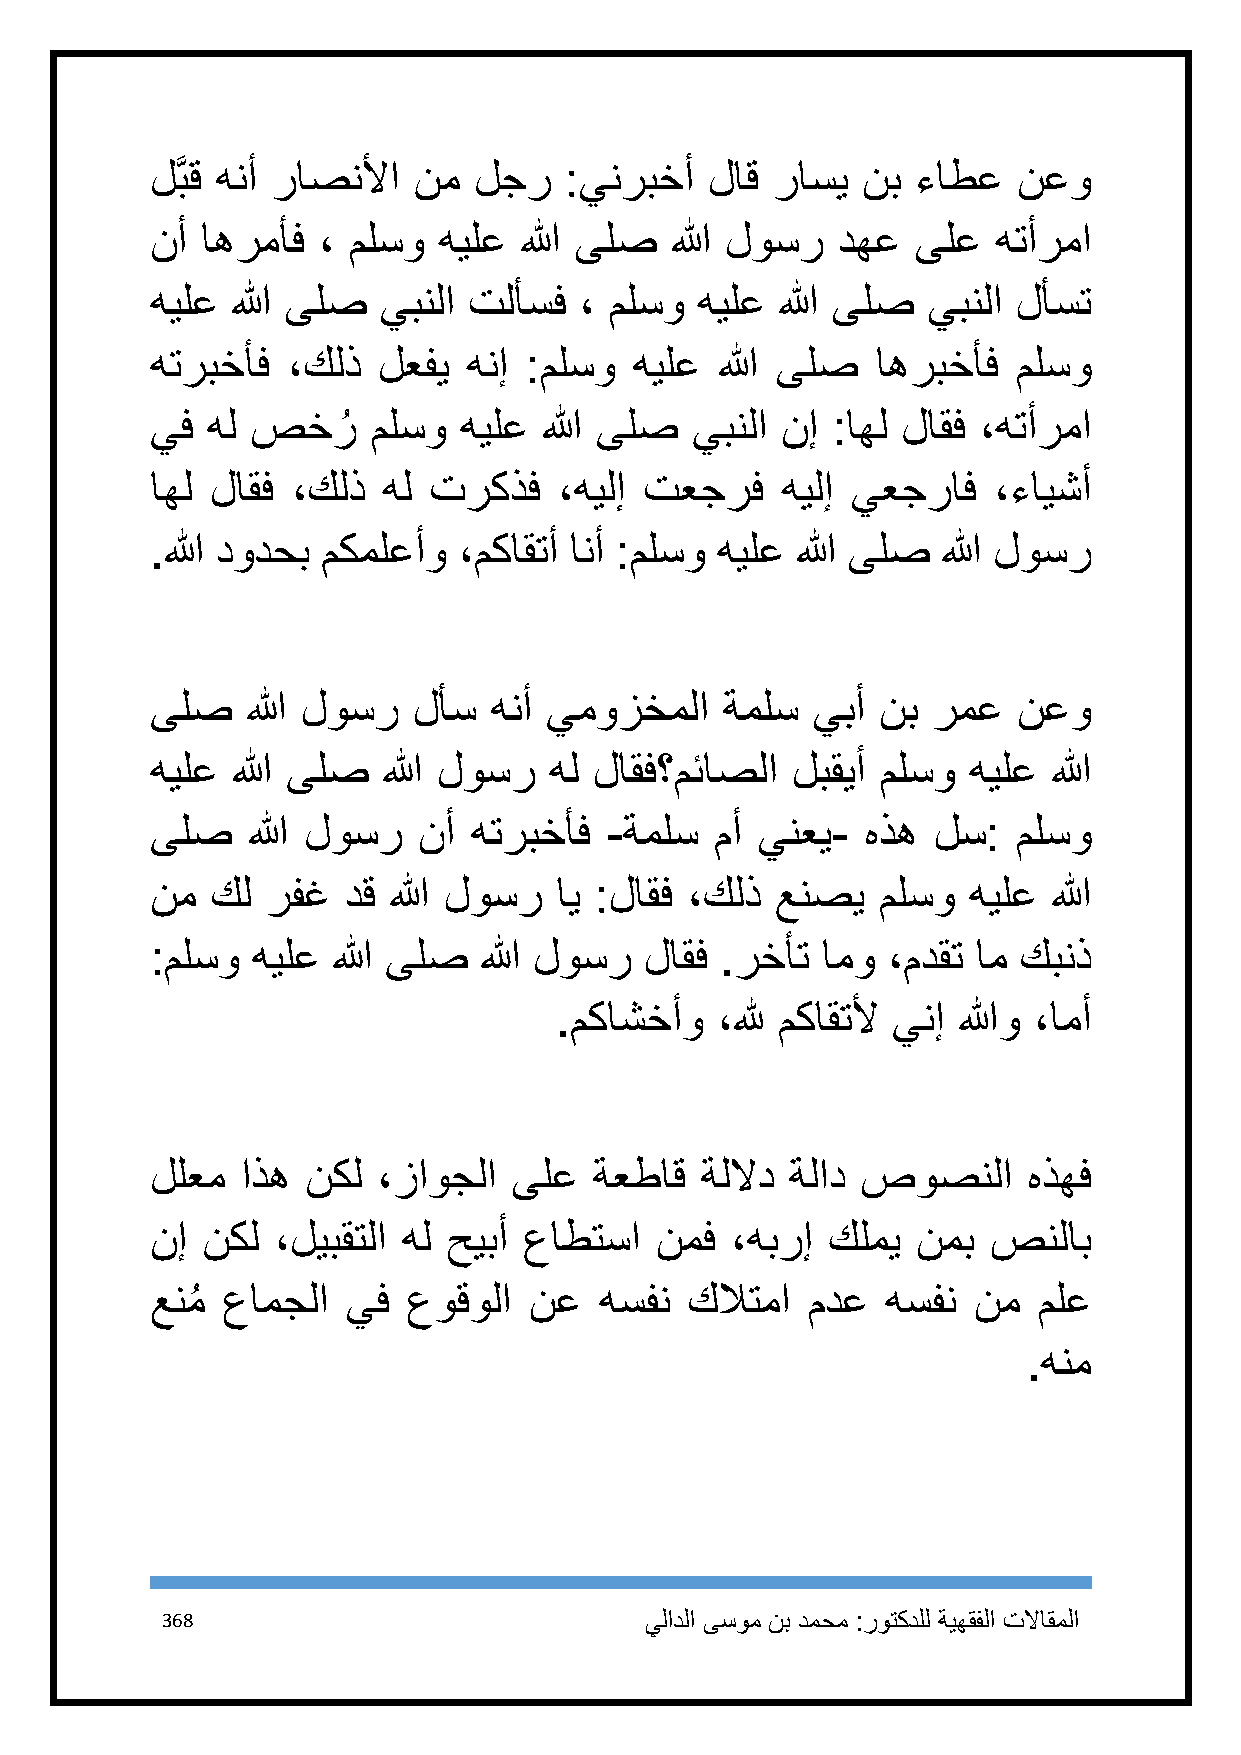
لَّبق هنأ راصنلأا نم لجر   :ينربخأ   لاق راسي  نب  ءاطع  نعو
 نأ اهرمأف  ، ملسو  هيلع الله ىلص  الله لوسر  دهع   ىلع  هتأرما
 هيلع الله ىلص  يبنلا تلأسف  ، ملسو  هيلع  الله ىلص يبنلا لأست
 هتربخأف  ،كلذ  لعفي  هنإ :ملسو  هيلع  الله ىلص  اهربخأف  ملسو
 يف  هل صخرُ    ملسو هيلع  الله ىلص  يبنلا نإ :اهل لاقف ،هتأرما
 اهل لاقف ،كلذ  هل تركذف    ،هيلإ تعجرف    هيلإ يعجراف   ،ءايشأ
 .الله دودحب مكملعأو ،مكاقتأ انأ :ملسو هيلع الله ىلص الله لوسر
 ىلص   الله لوسر  لأس  هنأ يموزخملا    ةملس  يبأ نب  رمع  نعو
 هيلع الله ىلص  الله لوسر  هل لاقف؟مئاصلا  لبقيأ ملسو  هيلع  الله
 ىلص   الله لوسر   نأ هتربخأف  -ةملس  مأ ينعي-  هذه  لس:  ملسو
 نم  كل  رفغ  دق الله لوسر  اي :لاقف ،كلذ عنصي   ملسو  هيلع  الله
 :ملسو  هيلع الله ىلص  الله لوسر  لاقف .رخأت امو  ،مدقت ام كبنذ
 .مكاشخأو  ،لله مكاقتلأ ينإ اللهو ،امأ
 للعم  اذه نكل  ،زاوجلا  ىلع  ةعطاق  ةللاد ةلاد صوصنلا     هذهف
 نإ نكل  ،ليبقتلا هل حيبأ عاطتسا  نمف  ،هبرإ  كلمي  نمب  صنلاب
 عنمُ عامجلا  يف  عوقولا  نع   هسفن  كلاتما مدع   هسفن نم   ملع
 .هنم
 368                             يلادلا ىسوم نب دمحم :روتكدلل ةيهقفلا تلااقملا